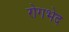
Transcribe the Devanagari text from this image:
रोगभेद